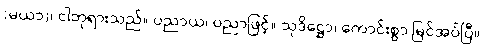
(မယာ)၊ ငါဘုရားသည်။ ပညာယ၊ ပညာဖြင့်။ သုဒိဋ္ဌော၊ ကောင်းစွာ မြင်အပ်ပြီ။